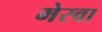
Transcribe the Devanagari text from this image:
मेरवा